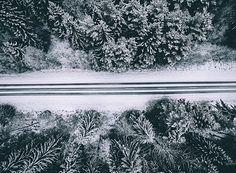
北风其凉，雨雪其雱。